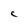
Character: C